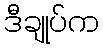
ဒီချုပ်က